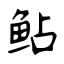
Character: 鲇